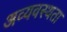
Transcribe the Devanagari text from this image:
अव्यवस्थता